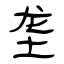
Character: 垄